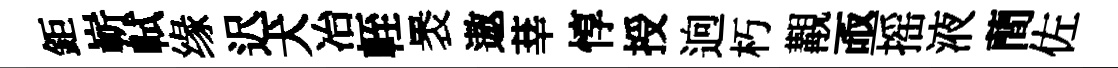
鉅嶄軾缘迟犬冶輊褁遨莘惇授逈朽覯亟摇液蕳佐